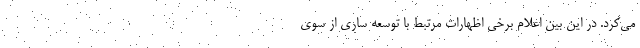
می‌کرد. در این بین اعلام برخی اظهارات مرتبط با توسعه ساری از سوی